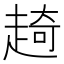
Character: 𧼘